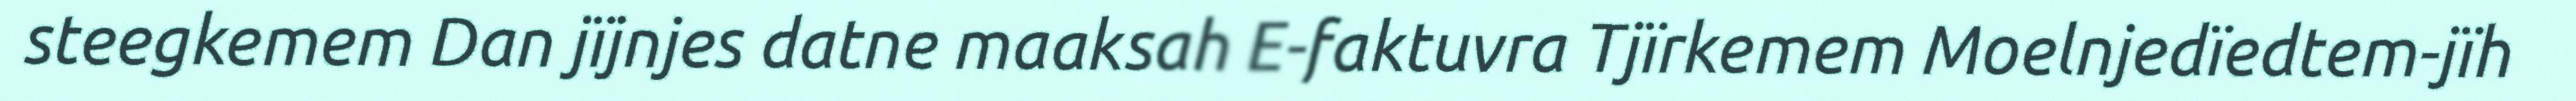
steegkemem Dan jïjnjes datne maaksah E-faktuvra Tjïrkemem Moelnjedïedtem-jïh